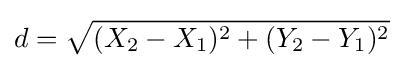
d={\sqrt {(X_{2}-X_{1})^{2}+(Y_{2}-Y_{1})^{2}}}